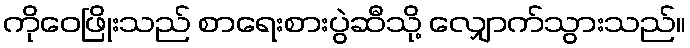
ကိုဝေဖြိုးသည် စာရေးစားပွဲဆီသို့ လျှောက်သွားသည်။